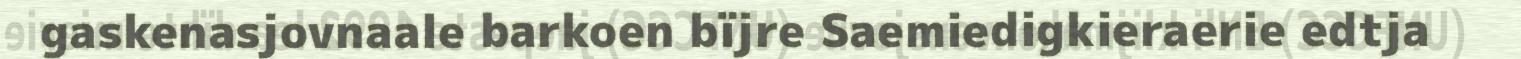
gaskenasjovnaale barkoen bïjre Saemiedigkieraerie edtja